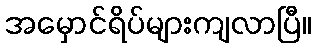
အမှောင်ရိပ်များကျလာပြီ။